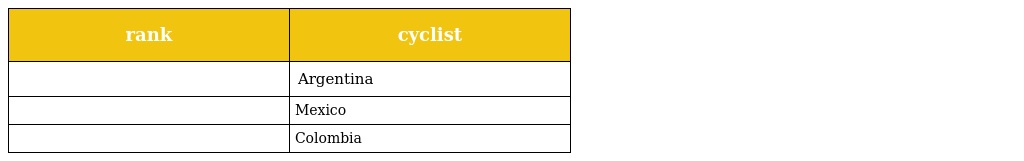
| rank | cyclist |
 | --- | --- |
 |  | Argentina |
 |  | Mexico |
 |  | Colombia |